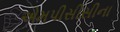
એમપીસીસીના